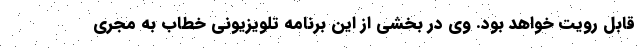
قابل رویت خواهد بود. وی در بخشی از این برنامه تلویزیونی خطاب به مجری